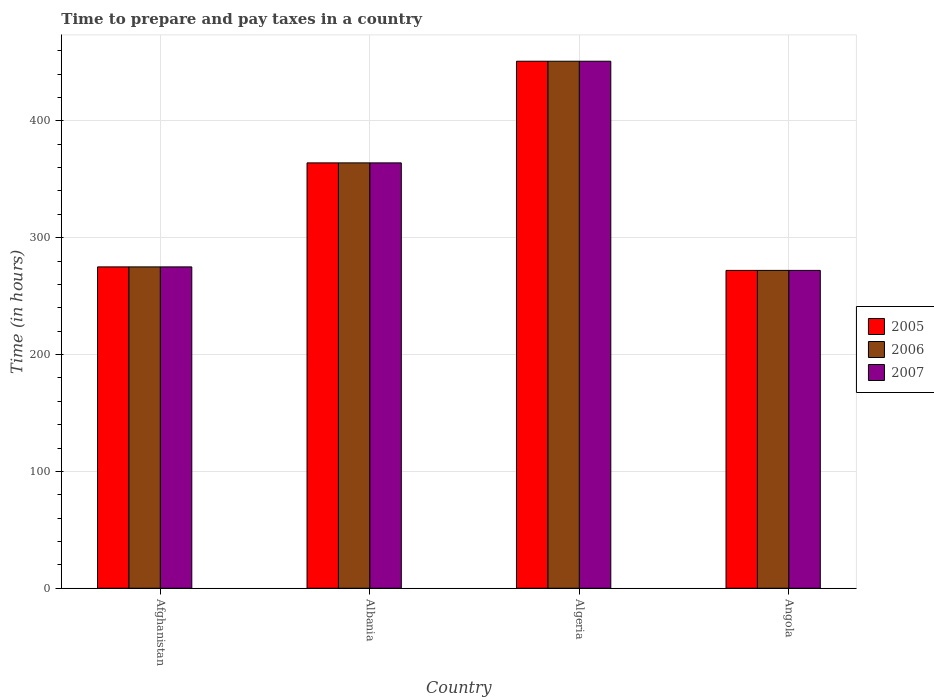
| Country | 2005 | 2006 | 2007 |
 | --- | --- | --- | --- |
 | Afghanistan | 275 | 275 | 275 |
 | Albania | 364 | 364 | 364 |
 | Algeria | 451 | 451 | 451 |
 | Angola | 272 | 272 | 272 |